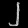
Digit: ၂